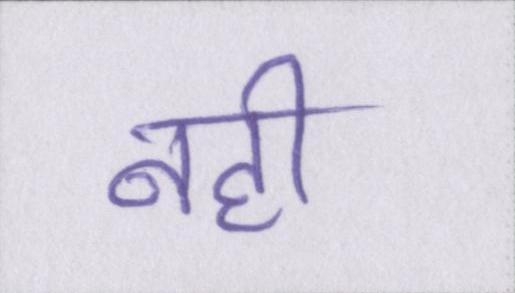
नही